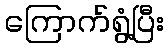
ကြောက်ရွံ့ပြီး